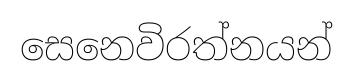
සෙනෙවිරත්නයන්